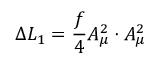
\Delta L _ { 1 } = \frac { f } { 4 } A _ { \mu } ^ { 2 } \cdot A _ { \mu } ^ { 2 }